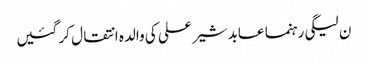
ن لیگی رہنما عابد شیر علی کی والدہ انتقال کر گئیں